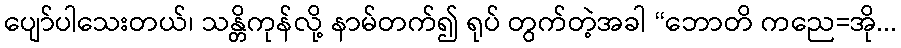
ပျော်ပါသေးတယ်၊ သန္တိကုန်လို့ နာမ်တက်၍ ရုပ် တွက်တဲ့အခါ “ဘောတိ ကညေ=အို...